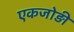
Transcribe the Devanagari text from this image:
एकजोड़ी